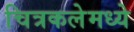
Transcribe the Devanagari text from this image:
चित्रकलेमध्ये